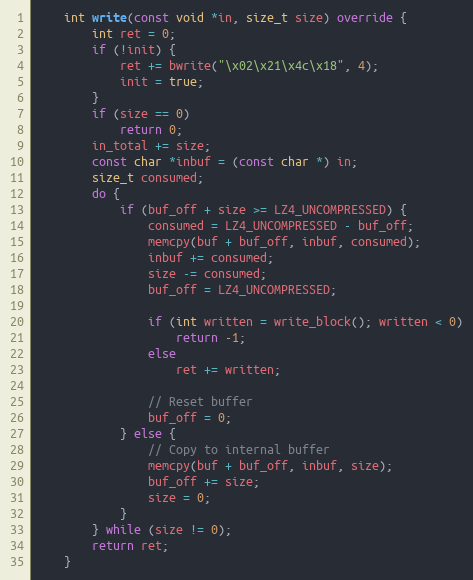
Language: C++
    int write(const void *in, size_t size) override {
        int ret = 0;
        if (!init) {
            ret += bwrite("\x02\x21\x4c\x18", 4);
            init = true;
        }
        if (size == 0)
            return 0;
        in_total += size;
        const char *inbuf = (const char *) in;
        size_t consumed;
        do {
            if (buf_off + size >= LZ4_UNCOMPRESSED) {
                consumed = LZ4_UNCOMPRESSED - buf_off;
                memcpy(buf + buf_off, inbuf, consumed);
                inbuf += consumed;
                size -= consumed;
                buf_off = LZ4_UNCOMPRESSED;

                if (int written = write_block(); written < 0)
                    return -1;
                else
                    ret += written;

                // Reset buffer
                buf_off = 0;
            } else {
                // Copy to internal buffer
                memcpy(buf + buf_off, inbuf, size);
                buf_off += size;
                size = 0;
            }
        } while (size != 0);
        return ret;
    }